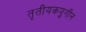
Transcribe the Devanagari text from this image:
तृतीयकयुगीन